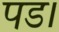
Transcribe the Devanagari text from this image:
पड।